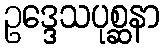
ဥဒ္ဒေသပုစ္ဆနာ